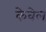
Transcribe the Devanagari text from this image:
केवेल